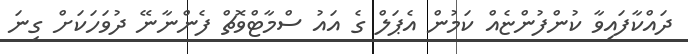
ދައްކާފައިވާ ކުންފުންޏެއް ކަމުން އެޕަލް ގެ އައު ސްމާޓްވޮޗް ފެންނާނޭ ދުވަހަކަށް ގިނަ